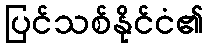
ပြင်သစ်နိုင်ငံ၏